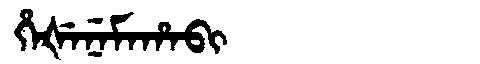
Manchu: ᡥᡝᡧᡝᠨᡝᠮᠠᡥᠠᠪᡳ
Romanization: HEŠENEMAHABI